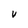
Character: V